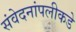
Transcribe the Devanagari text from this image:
संवेदनांपलीकडे